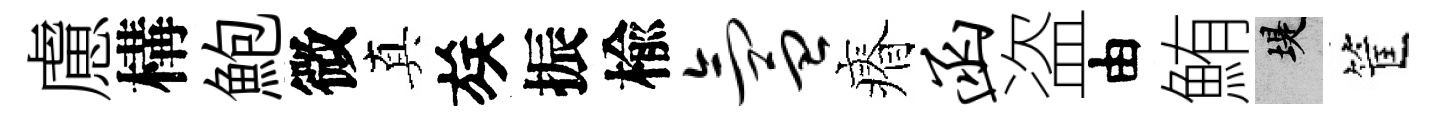
慮構鮑微真族振楡氲瘠函盗由鮪堤筐